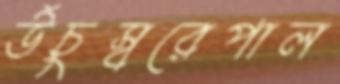
উঁচুস্বরেপাল